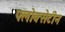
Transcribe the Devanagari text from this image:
फ्लोक्सेटीन